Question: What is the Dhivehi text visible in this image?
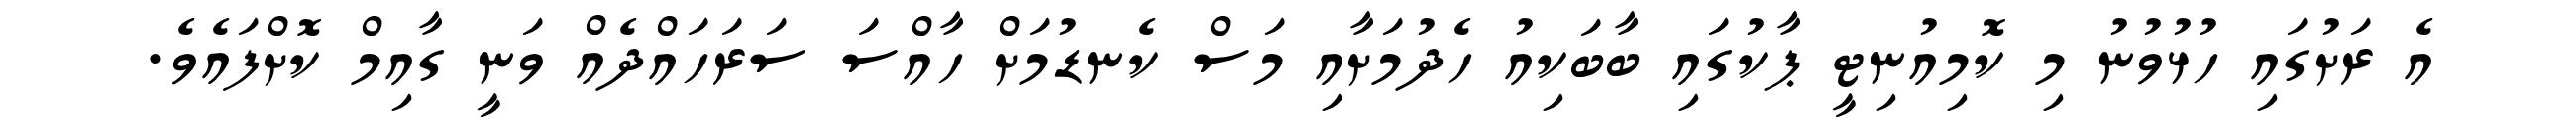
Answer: އެ ރަށުގައި ހުޅުވުނު މި ކޮމިއުނިޓީ ޕާކުގައި ބާބަކިއު ހެދުމަށާއި މަސް ކެނޑުމަށް ހާއްސަ ސަރަހައްދެއް ވަނީ ގާއިމް ކޮށްފައެވެ.